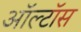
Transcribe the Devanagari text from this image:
ऑल्टॉस